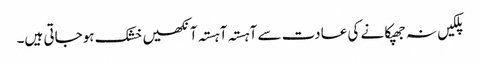
پلکیں نہ جھپکانے کی عادت سے آہستہ آہستہ آنکھیں خشک ہوجاتی ہیں۔